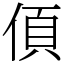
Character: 㑯